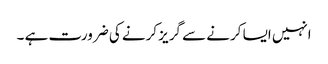
انہیں ایسا کرنے سے گریز کرنے کی ضرورت ہے ۔